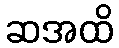
ဆအထိ